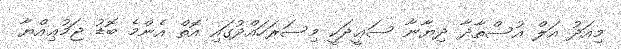
މިއަދު އަލް އުސްތާޛާ ދިޔާނާ ސަޢީދަކީ މިސަރަހައްދުގައި އޮތް އެންމެ ބޮޑު ޖަމުޢިއްޔާ